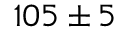
{ 1 0 5 \pm 5 }